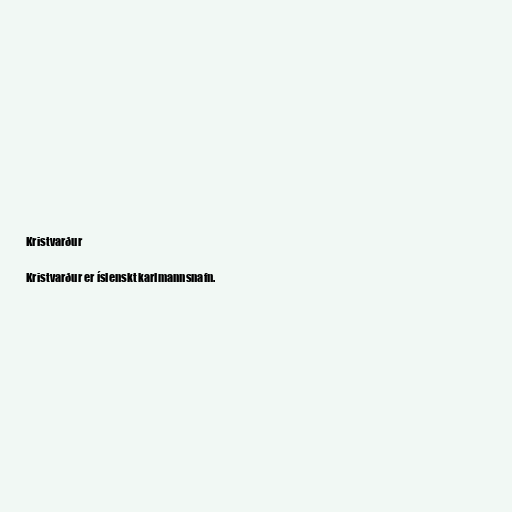
Kristvarður

Kristvarður er íslenskt karlmannsnafn.